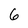
Character: 6